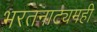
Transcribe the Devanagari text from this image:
भरतनाट्यमही